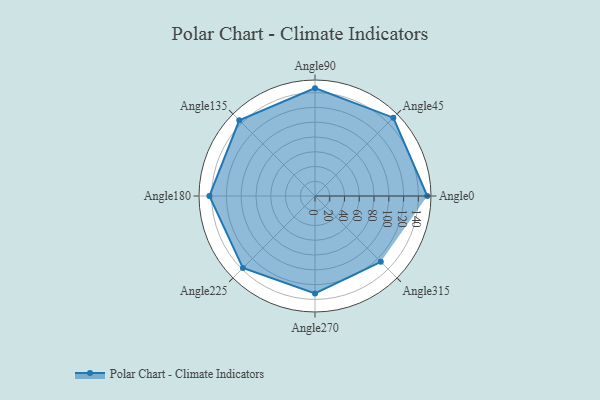
{"axis": {"x": "Angle", "y": "Radius"}, "legend": [""], "data": [{"x": "Angle0", "y": 152.0, "type": ""}, {"x": "Angle45", "y": 150.0, "type": ""}, {"x": "Angle90", "y": 146.0, "type": ""}, {"x": "Angle135", "y": 145.0, "type": ""}, {"x": "Angle180", "y": 143.0, "type": ""}, {"x": "Angle225", "y": 138.0, "type": ""}, {"x": "Angle270", "y": 132.0, "type": ""}, {"x": "Angle315", "y": 126.0, "type": ""}]}